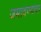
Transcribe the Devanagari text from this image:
जमावण्याचा